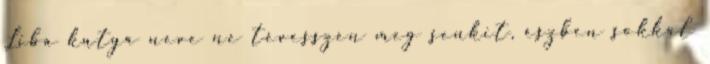
Liba kutya neve ne tévesszen meg senkit, észben sokkal